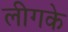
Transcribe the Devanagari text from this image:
लीगके